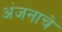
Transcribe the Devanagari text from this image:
अंजनाचे